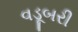
વડૂબરી